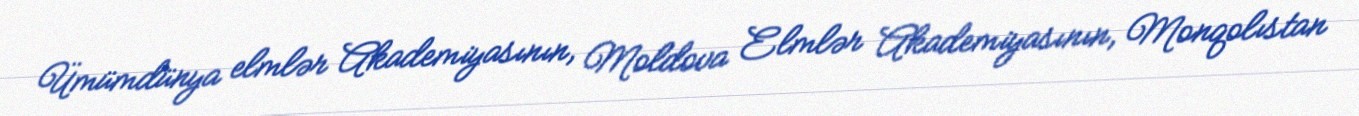
Ümümdünya elmlər Akademiyasının, Moldova Elmlər Akademiyasının, Monqolıstan